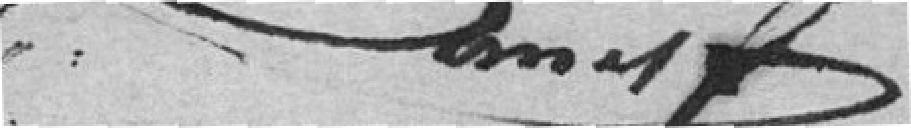
????????